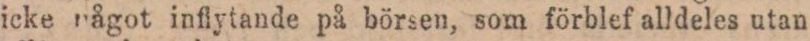
icke något inflytande på börsen, som förblef alldeles utan